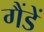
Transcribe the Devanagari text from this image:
गैंडें